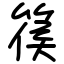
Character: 篌